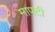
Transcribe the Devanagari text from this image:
मापटी